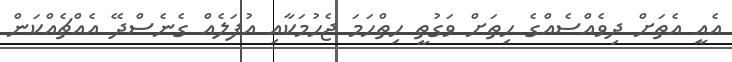
އެއީ އެތަށް ދިވެއްސެއްގެ ހިތަށް ވަގުތީ ހިތްހަމަ ޖެހުމަކާއި އުފަލެއް ގެނެސްދޭ އެއްޗެއްކަން